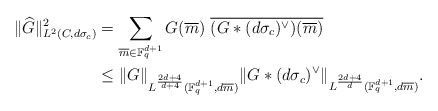
\begin{align*} \|\widehat{G}\|^2_{L^2(C,d\sigma_c)} &=\sum_{\overline{m}\in \mathbb F_q^{d+1}} G(\overline{m})~ \overline{ (G\ast (d\sigma_c)^\vee)(\overline{m})}\\&\leq\|G\|_{L^{\frac{2d+4}{d+4}}(\mathbb F_q^{d+1}, d\overline{m})} \|G\ast (d\sigma_c)^\vee \|_{L^{\frac{2d+4}{d}}(\mathbb F_q^{d+1}, d\overline{m})}.\end{align*}